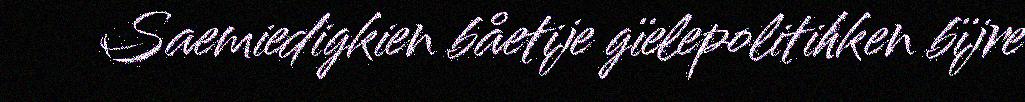
Saemiedigkien båetije gïelepolitihken bïjre